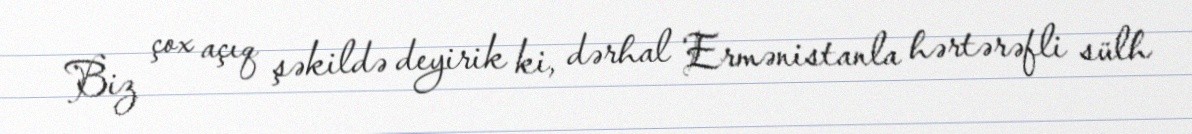
Biz çox açıq şəkildə deyirik ki, dərhal Ermənistanla hərtərəfli sülh